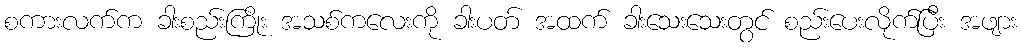
စကားလက်က ခါးစည်းကြိုး အသစ်ကလေးကို ခါးပတ် အထက် ခါးသေးသေးတွင် စည်းပေးလိုက်ပြီး အဖျား